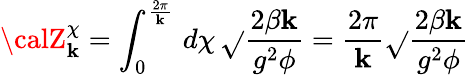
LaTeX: {\calZ}_{\mathbf{k}}^{\chi}=\int_{0}^{\frac{{2\pi}}{{\mathbf{k}}}}\, d\chi\, \sqrt{}{{\frac{{2\beta\mathbf{k}}}{{g^{2}\phi}}}}=\frac{{2\pi}}{{\mathbf{k}}}\sqrt{}{{\frac{{2\beta\mathbf{k}}}{{g^{2}\phi}}}}